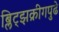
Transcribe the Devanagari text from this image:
ब्लिट्झक्रीगपुढे